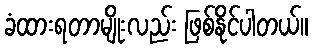
ခံထားရတာမျိုးလည်း ဖြစ်နိုင်ပါတယ်။